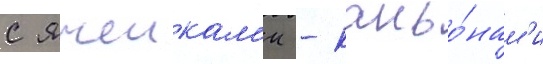
с ячеикам'и - каньо́нам'и